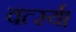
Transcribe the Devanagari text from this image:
वर्त्स्य।